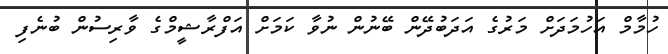
ހުމާމް އަހުމަދަށް މަރުގެ އަދަބުދޭން ބޭނުން ނުވާ ކަމަށް އަފްރާޝީމްގެ ވާރިސުން ބުނެފި